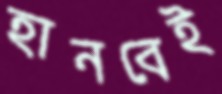
হানবেই